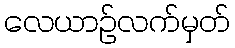
လေယာဉ်လက်မှတ်